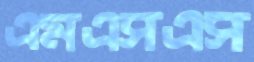
এমএসএস